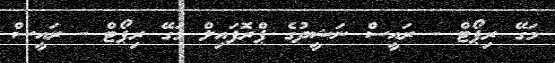
މަގޭ ރިޕޯޓް - ރައީސް ނަޝީދުގެ ޕްރޮފައިލް މަގޭ ރިޕޯޓް - ރައީސް